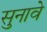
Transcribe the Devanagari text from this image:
सुनावे